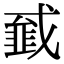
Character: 𢨁